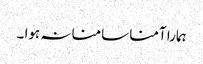
ہمارا آمنا سامنا نہ ہوا ۔